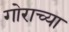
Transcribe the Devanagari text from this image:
गोराच्या